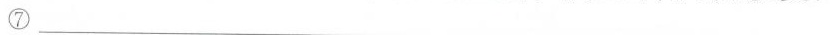
⑦___